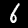
Label: 6